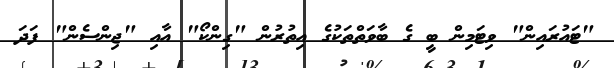
"ޓައުރައިން" ވިޓަމިން ބީ ގެ ބާވަތްތަކުގެ އިތުރުން "ގިންކޯ" އާއި "ޖިންސެން" ފަދަ